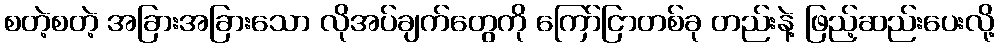
စတဲ့စတဲ့ အခြားအခြားသော လိုအပ်ချက်တွေကို ကြော်ငြာတစ်ခု တည်းနဲ့ ဖြည့်ဆည်းပေးလို့